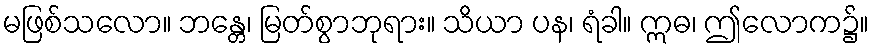
မဖြစ်သလော။ ဘန္တေ၊ မြတ်စွာဘုရား။ သိယာ ပန၊ ရံခါ။ ဣဓ၊ ဤလောက၌။